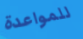
للمواعدة